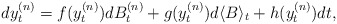
\begin{align*} dy_t^{(n)}= f(y_t^{(n)})d B_t^{(n)} + g(y_t^{(n)})d\langle B\rangle_t + h(y_t^{(n)}) dt,\end{align*}